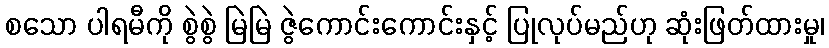
စသော ပါရမီကို စွဲစွဲ မြဲမြဲ ဇွဲကောင်းကောင်းနှင့် ပြုလုပ်မည်ဟု ဆုံးဖြတ်ထားမှု၊